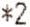
*2